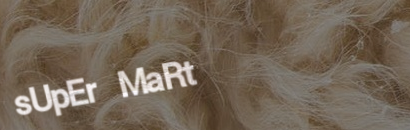
sUpEr MaRt